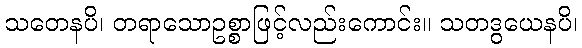
သတေနပိ၊ တရာသောဥစ္စာဖြင့်လည်းကောင်း။ သတဒွယေနပိ၊